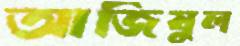
আজিযুল